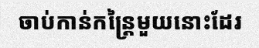
ចាប់កាន់កន្ត្រៃមួយនោះដែរ